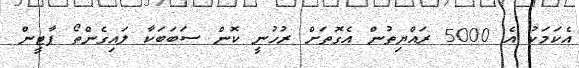
އެކަމަކު އެ 5000 ރައްޔިތުން އެގޮތަށް ރުހުނީ ކޮން ސަބަބަކާ ލައިގެންތޯ ޕާޓީން